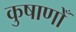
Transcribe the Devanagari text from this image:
कुषाणोँ